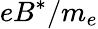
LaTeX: eB^{*}/m_{e}